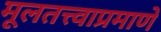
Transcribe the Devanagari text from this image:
मूलतत्त्वाप्रमाणे